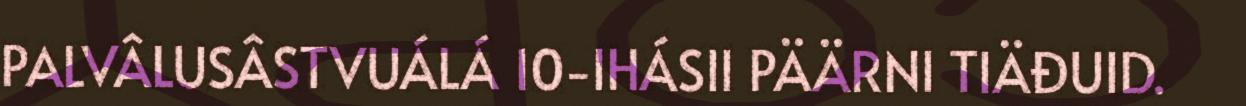
PALVÂLUSÂSTVUÁLÁ 10-IHÁSII PÄÄRNI TIÄĐUID.